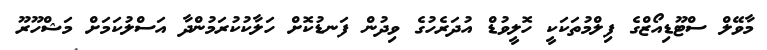
މާވޭލް ސްޓޫޑިއޯޒްގެ ފިލްމުތަކަކީ ހޮލީވުޑް އުދަރެހުގެ ވިދުން ފަނޑުކޮށް ހަލާކުކުރަމުންދާ އަސްލުކަމަށް މަޝްހޫރޫ